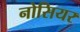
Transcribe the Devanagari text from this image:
नोसियर